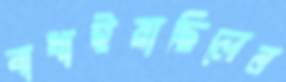
বাধাইয়াছিলেন